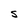
Character: S